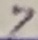
Text: 7